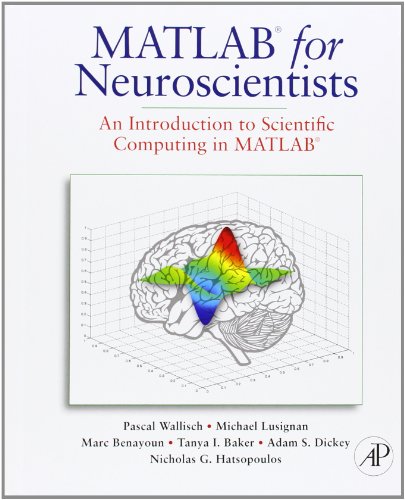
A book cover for MATLAB for Neuroscientists: An Introduction to Scientific Computing in MATLAB; Pascal Wallisch; Medical Books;